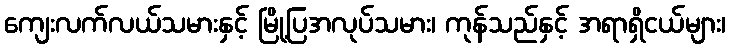
ကျေးလက်လယ်သမားနှင့် မြို့ပြအလုပ်သမား၊ ကုန်သည်နှင့် အရာရှိငယ်များ၊